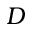
D